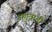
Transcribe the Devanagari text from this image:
अगुवानी